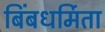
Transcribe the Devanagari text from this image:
बिंबधर्मिता